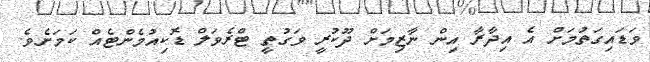
ވަޑައިގަތުމަށް އެ އިދާރާ އިން ނާޒިމަށް ދޫކުރީ ވަގުތީ ޓްރެވަލް ޑޮކިއުމެންޓެއް ކަމަށެވެ.